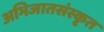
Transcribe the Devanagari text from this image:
अभिजातसंस्कृत